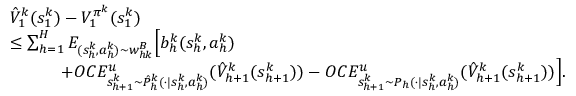
\begin{array} { r l } & { \hat { V } _ { 1 } ^ { k } ( s _ { 1 } ^ { k } ) - V _ { 1 } ^ { \pi ^ { k } } ( s _ { 1 } ^ { k } ) } \\ & { \leq \sum _ { h = 1 } ^ { H } E _ { ( s _ { h } ^ { k } , a _ { h } ^ { k } ) \sim w _ { h k } ^ { B } } \Big [ b _ { h } ^ { k } ( s _ { h } ^ { k } , a _ { h } ^ { k } ) } \\ & { \quad \quad \quad + O C E _ { s _ { h + 1 } ^ { k } \sim \hat { P } _ { h } ^ { k } ( \cdot \vert s _ { h } ^ { k } , a _ { h } ^ { k } ) } ^ { u } ( \hat { V } _ { h + 1 } ^ { k } ( s _ { h + 1 } ^ { k } ) ) - O C E _ { s _ { h + 1 } ^ { k } \sim P _ { h } ( \cdot \vert s _ { h } ^ { k } , a _ { h } ^ { k } ) } ^ { u } ( \hat { V } _ { h + 1 } ^ { k } ( s _ { h + 1 } ^ { k } ) ) \Big ] . } \end{array}